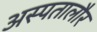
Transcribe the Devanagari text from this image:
अस्पतालौर